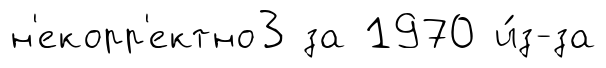
н'екорр'ектно3 за 1970 и́з-за